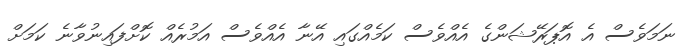
ނަމަވެސް އެ އޮޕަރޭޝަންގެ އެއްވެސް ކަމެއްގައި އޭނާ އެއްވެސް އަމުރެއް ކޮށްފައިނުވާނެ ކަމަށް